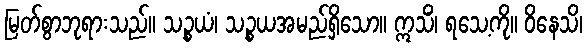
မြတ်စွာဘုရားသည်။ သဉ္စယံ၊ သဉ္စယအမည်ရှိသော။ ဣသိံ၊ ရသေ့ကို။ ဝိနေသိ၊